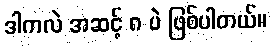
ဒါကလဲ အဆင့် ၈ ပဲ ဖြစ်ပါတယ်။